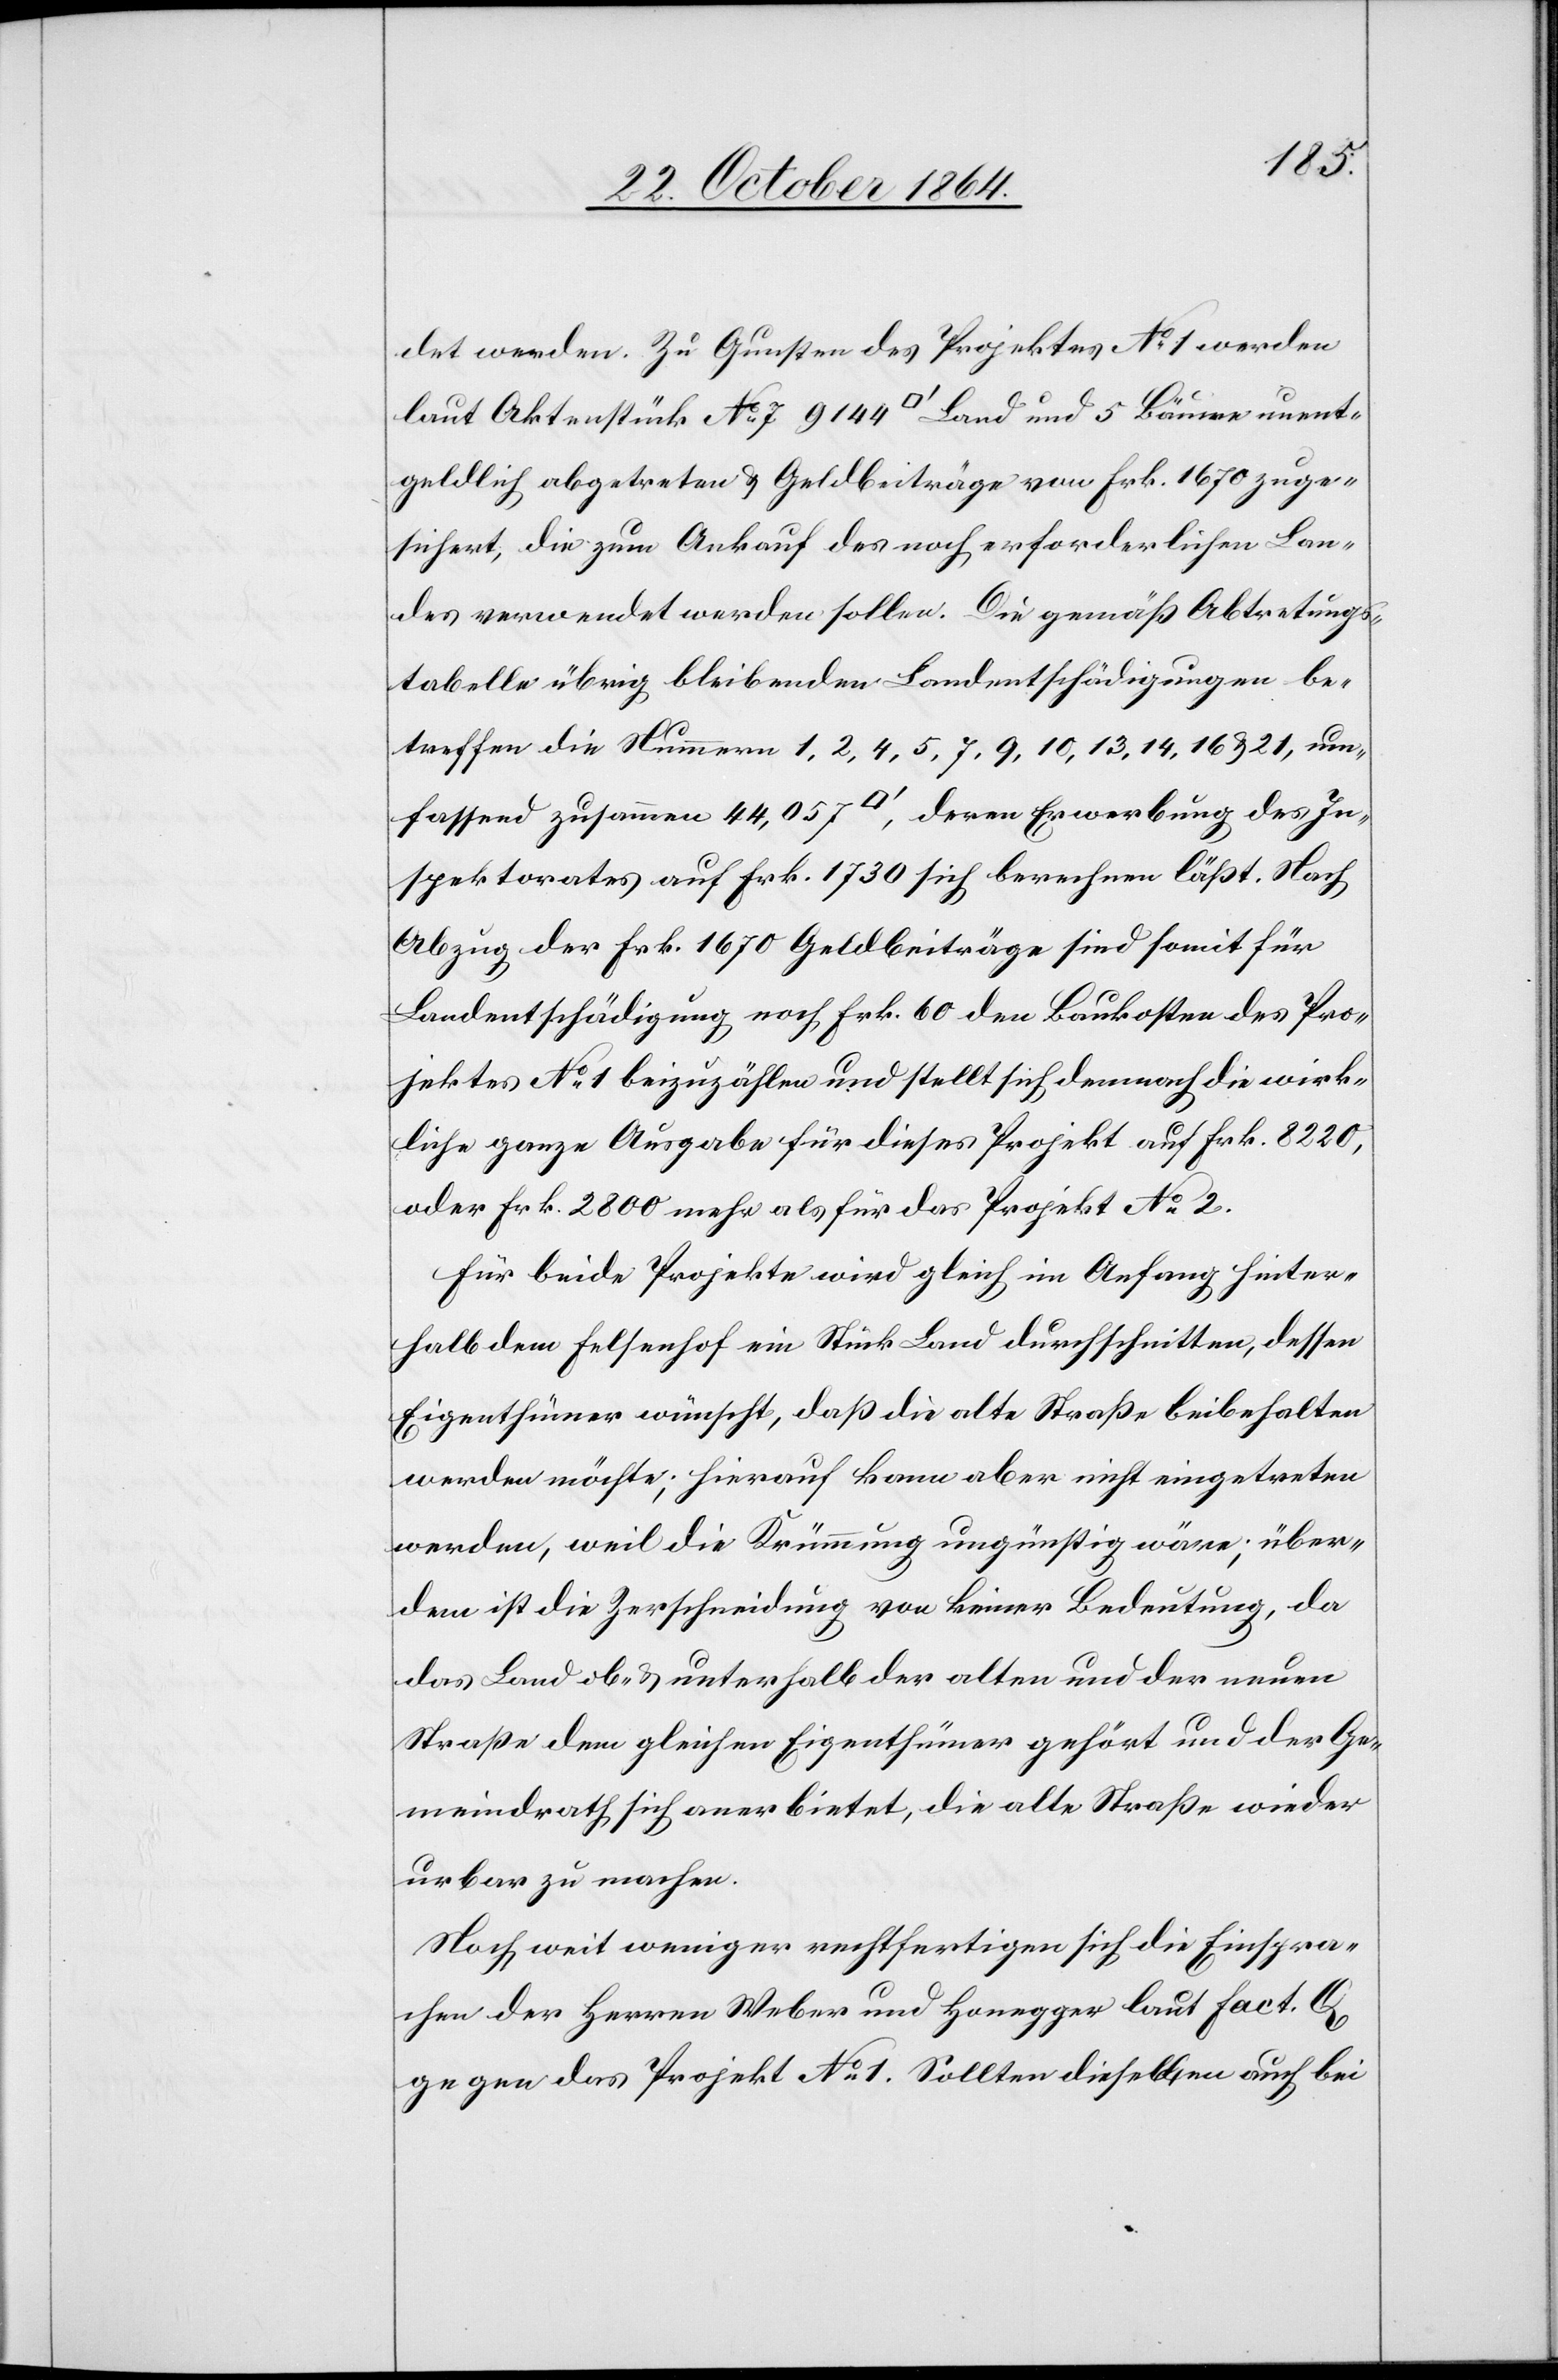
det werden. Zu Gunsten des Projektes No 1 werden
laut Aktenstück No 7 9144 [Quadratfuss] Land und 5 Bäume unent¬
geldlich abgetreten & Geldbeiträge von Frk. 1670 zuge¬
sichert, die zum Ankauf des noch erforderlichen Lan¬
des verwendet werden sollen. Die gemäß Abtretungs¬
tabelle übrig bleibenden Landentschädigungen be¬
treffen die Nummern 1, 2, 5, 7, 9, 10, 13, 14, 16 & 21, um¬
fassend zusammen 44,057 [Quadratfuss], deren Erwerbung des In¬
spektorates auf Frk. 1730 sich berechnen läßt. Nach
Abzug der Frk. 1670 Geldbeiträge sind somit für
Landentschädigung noch Frk. 60 den Baukosten des Pro¬
jektes No 1 beizuzählen und stellt sich demnach die wirk¬
liche ganze Ausgabe für dieses Projekt auf Frk. 8220,
oder Frk. 2800 mehr als für das Projekt No 2.
Für beide Projekte wird gleich im Anfang hinter¬
halb dem Feltenhof ein Stück Land durchschnitten, dessen
Eigenthümer wünscht, daß die alte Straße beibehalten
werden möchte; hierauf kann aber nicht eingetreten
werden, weil die Krümmung ungünstig wäre; über¬
dem ist die Zerschneidung von keiner Bedeutung, da
das Land ob- & unterhalb der alten und der neuen
Straße dem gleichen Eigenthümer gehört und der Ge¬
meindrath sich anerbietet, die alte Straße wieder
urbar zu machen.
Noch weit weniger rechtfertigen sich die Einspra¬
chen der Herren Weber und Honegger laut Fact. Q
gegen das Projekt No 1. Sollten dieselben auch bei